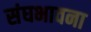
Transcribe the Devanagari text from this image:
संघभावना